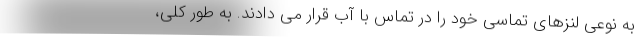
به نوعی لنزهای تماسی خود را در تماس با آب قرار می دادند. به طور کلی،